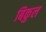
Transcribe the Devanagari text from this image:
बिकुल